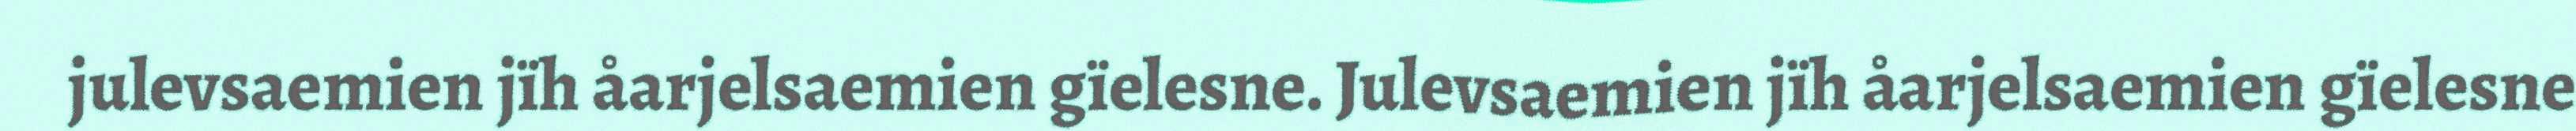
julevsaemien jïh åarjelsaemien gïelesne. Julevsaemien jïh åarjelsaemien gïelesne